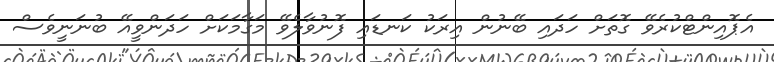
އެޕޮއިންޓްކުރެވޭ ގޮތަށް ހަދައި ބޭނުން އިރަކު ކަނޑައި ފޮނުވާލެވޭ މަގާމަކަށް ހަދަންވީއޭ ބުނަނީވެސް